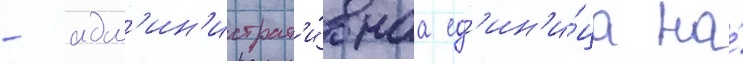
- адм'ин'истрат'и́внаа ед'ин'и́ца на́